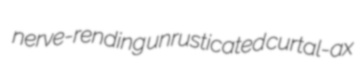
nerve-rending unrusticated curtal-ax